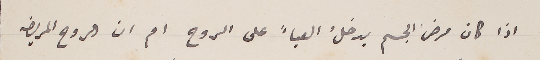
اذا كان مرض الجسم يدخلُ العياءَ على الروح ام ان الروح المريضه